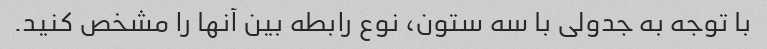
با توجه به جدولی با سه ستون، نوع رابطه بین آنها را مشخص کنید.